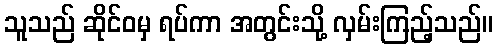
သူသည် ဆိုင်ဝမှ ရပ်ကာ အတွင်းသို့ လှမ်းကြည့်သည်။